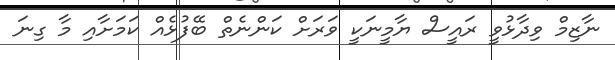
ނާޒިމް ވިދާޅުވީ ރައީސް ޔާމީނަކީ ވަރަށް ކަންނެތް ބޭފުޅެއް ކަމަށާއި މާ ގިނަ